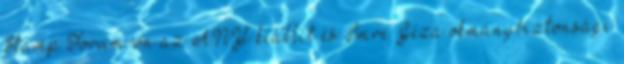
Stamp Forum-on az ANY kiállít és Imre Géza okmánybiztonsági